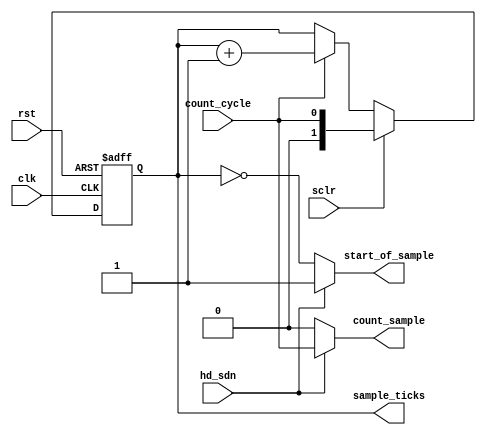
module alt_vipitc131_common_sample_counter
    #(parameter
        NUMBER_OF_COLOUR_PLANES = 0,
        COLOUR_PLANES_ARE_IN_PARALLEL = 0,
        LOG2_NUMBER_OF_COLOUR_PLANES = 0)
    (
    input wire rst,
    input wire clk, 
    input wire sclr,
    
    input wire count_cycle,
    input wire hd_sdn,
    
    output wire count_sample,
    output wire start_of_sample,
    output wire [LOG2_NUMBER_OF_COLOUR_PLANES-1:0] sample_ticks);

generate
    if(NUMBER_OF_COLOUR_PLANES == 1) begin
        assign count_sample = count_cycle;
        assign start_of_sample = 1'b1;
        assign sample_ticks = 1'b0;
    end else begin
        reg [LOG2_NUMBER_OF_COLOUR_PLANES-1:0] count_valids;
        wire new_sample;
        
        assign new_sample = count_valids == (NUMBER_OF_COLOUR_PLANES - 1);
        
        always @ (posedge rst or posedge clk) begin
            if(rst) begin
                count_valids <= {LOG2_NUMBER_OF_COLOUR_PLANES{1'b0}};
            end else begin
                if(sclr)
                    count_valids <= {{LOG2_NUMBER_OF_COLOUR_PLANES-1{1'b0}}, count_cycle};
                else
                    count_valids <= (count_cycle) ? (new_sample) ? {LOG2_NUMBER_OF_COLOUR_PLANES{1'b0}} : count_valids + 1 : count_valids;
            end
        end
        
        assign count_sample = (hd_sdn) ? count_cycle : count_cycle & new_sample; 
        assign start_of_sample = (hd_sdn) ? 1'b1 : (count_valids == {LOG2_NUMBER_OF_COLOUR_PLANES{1'b0}});
        assign sample_ticks = count_valids;
    end
endgenerate

endmodule